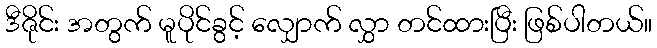
ဒီဇိုင်း အတွက် မူပိုင်ခွင့် လျှောက် လွှာ တင်ထားပြီး ဖြစ်ပါတယ်။